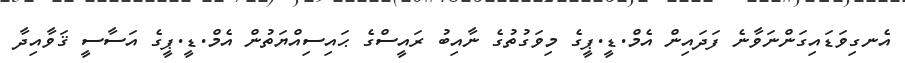
އެނގިވަޑައިގަންނަވާނެ ފަދައިން އެމް.ޑީ.ޕީގެ މިވަގުތުގެ ނާއިބު ރައީސްގެ ޙައިސިއްޔަތުން އެމް.ޑީ.ޕީގެ އަސާސީ ޤަވާއިދާ